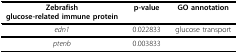
<table><thead><tr><td><b>Zebrafishglucose-related immune protein</b></td><td><b>p-value</b></td><td><b>GO annotation</b></td></tr></thead><tbody><tr><td><i>edn1</i></td><td>0.022833</td><td>glucose transport</td></tr><tr><td><i>ptenb</i></td><td>0.003833</td><td></td></tr></tbody></table>